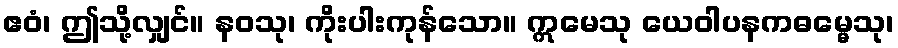
ဧဝံ၊ ဤသို့လျှင်။ နဝသု၊ ကိုးပါးကုန်သော။ ဣမေသု ယေဝါပနကဓမ္မေသု၊